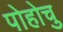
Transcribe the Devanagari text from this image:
पोहोचु